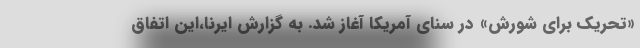
«تحریک برای شورش» در سنای آمریکا آغاز شد. به گزارش ایرنا،این اتفاق